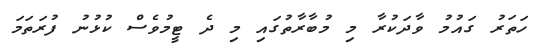
ހަތަރު ގައުމު ވާދަކުރާ މި މުބާރާތުގައި މި ދެ ޓީމުވެސް ކުޅުނު ފުރަތަމަ